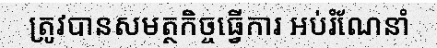
ត្រូវបានសមត្ថកិច្ចធ្វើការ អប់រំណែនាំ